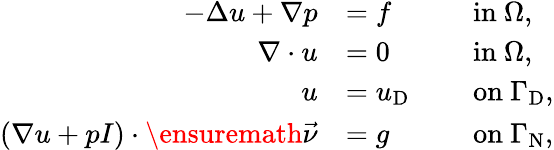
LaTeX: \begin{array}{rlrl}{-\Delta u+\nabla p}&{=f}&&{\mathrm{~in~}\Omega,}\\ {\nabla\cdot u}&{=0}&&{\mathrm{~in~}\Omega,}\\ {u}&{=u_{\textup D}}&&{\mathrm{~on~}\Gamma_{\textup D},}\\ {(\nabla u+pI)\cdot\ensuremath{\vec{\nu}}}&{=g}&&{\mathrm{~on~}\Gamma_{\textup N},}\end{array}